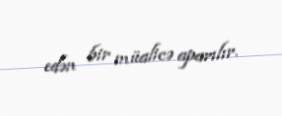
edən bir müalicə aparılır.